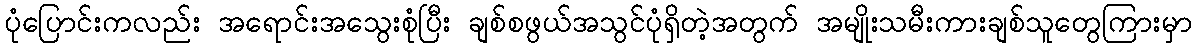
ပုံပြောင်းကလည်း အရောင်းအသွေးစုံပြီး ချစ်စဖွယ်အသွင်ပုံရှိတဲ့အတွက် အမျိုးသမီးကားချစ်သူတွေကြားမှာ